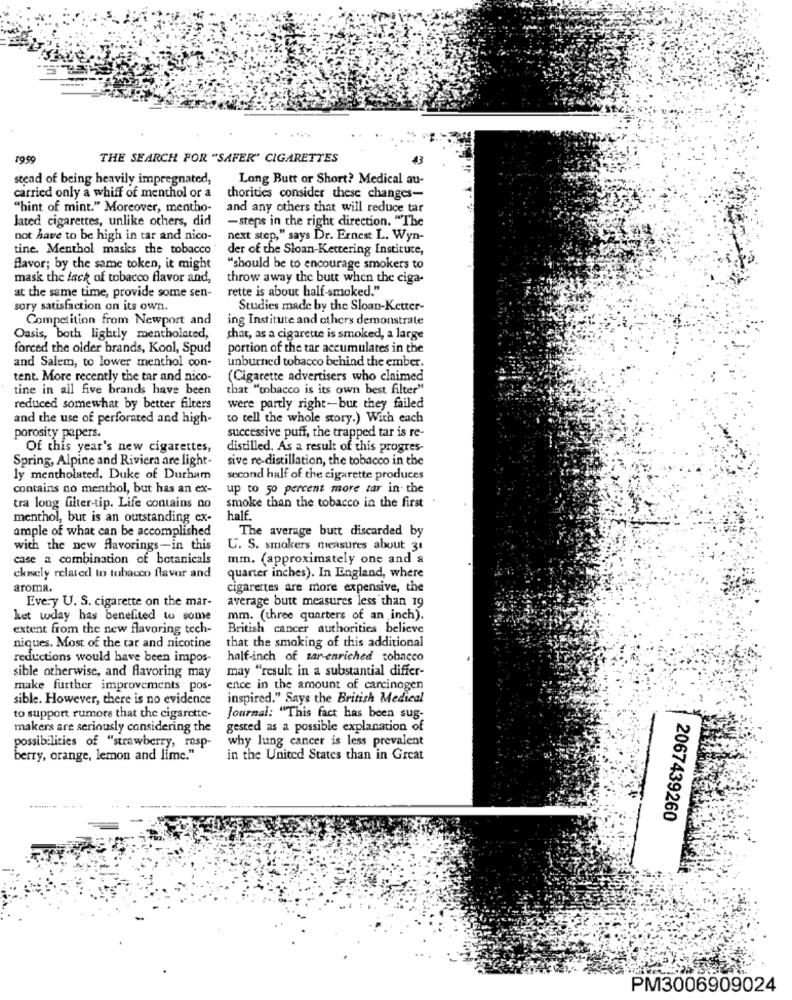
. ....
1959
THE SEARCH FOR "SAFER' CIGARETTES
stead of being heavily impregnated,
Long Butt or Short? Medical au-
carried only a whiff of menthol or a
thorities consider these changes-
"hint of mint." Moreover, mentho-
and any others that will reduce tar
lated cigarettes, unlike others, did
-steps in the right direction. "The
not have to be high in tar and nico-
next step," says Dr. Ernest L. Wyn-
tine. Menthol masks the tobacco
der of the Sloan-Kettering Instituce,
flavor; by the same token, it might
"should be to encourage smokers to
mask the lack of tobacco flavor and,
throw away the butt when the ciga-
at the same time, provide some sen-
rette is about half-smoked."
sory satisfaction on its own.
Studies made by the Sloan-Ketter-
Competition from Newport and
ing Institute and others demonstrate
Oasis, both lightly mentholated,
chat, as a cigarette is smoked, a large
forced the older brands, Kool, Spud
portion of the tar accumulates in the
unburned tobacco behind the ember.
and Salem, to lower menthol con-
tent. More recently the tar and nico-
(Cigarette advertisers who claimed
tine in all five brands have been
that "tobacco is its own best filter"
reduced somewhat by better filters
were partly right-but they failed
and the use of perforated and high-
to tell the whole story.) With each
porosity papers.
successive puff, the trapped tar is re-
Of this year's new cigarettes,
distilled. As a result of this progres-
Spring, Alpine and Riviera are light-
sive re-distillation, the tobacco in the
ly mentholated. Duke of Durham
second half of the cigarette produces
contains no menthol, but has an ex-
up to 50 percent more zar in the
smoke than the tobacco in the first
tra long filter-tip. Life contains no
menthol, but is an outstanding ex-
half.
ample of what can be accomplished
The average butt discarded by
with the new flavorings-in this
U. S. smokers measures about 31
case a combination of botanicals
mm. (approximately one and a
ckiely related to tobacco flavor and
quarter inches). In England, where
aroma.
cigarettes are more expensive, the
Every U. S. cigarette on the mar-
average butt measures less than 19
ket today has benefited to some
mm. (three quarters of an inch).
extent from the new flavoring tech-
British cancer authorities believe
that the smoking of this additional
niques. Most of the tar and nicotine
reductions would have been impos-
half-inch of sar-enriched tobacco
may "result in a substantial differ-
sible otherwise, and flavoring may
make further improvements pos-
ence in the amount of carcinogen
sible. However, there is no evidence
inspired." Says the British Medical
to support rumors that the cigarette-
Journal: "This fact has been sug-
makers are seriously considering the
gested as a possible explanation of
why lung cancer is less prevalent
possibilities of "strawberry, rasp-
berry, orange, lemon and lime."
in the United States than in Great
----- - --
2067439260
PM3006909024